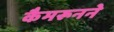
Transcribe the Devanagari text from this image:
कैमरूनने